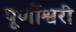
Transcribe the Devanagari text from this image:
पूर्णोश्वरी